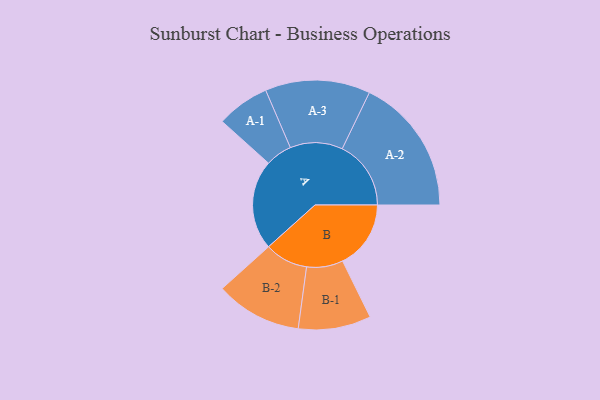
{"axis": {"x": "Segment", "y": "Value"}, "legend": ["", "A", "B"], "data": [{"x": "A", "y": 383, "type": ""}, {"x": "B", "y": 291, "type": ""}, {"x": "A-1", "y": 113, "type": "A"}, {"x": "A-2", "y": 293, "type": "A"}, {"x": "A-3", "y": 224, "type": "A"}, {"x": "B-1", "y": 155, "type": "B"}, {"x": "B-2", "y": 184, "type": "B"}]}